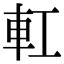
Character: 𨊧